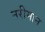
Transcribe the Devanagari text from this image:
नरीमान